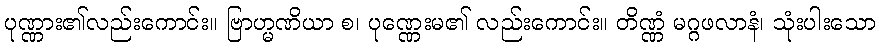
ပုဏ္ဏား၏လည်းကောင်း။ ဗြာဟ္မဏိယာ စ၊ ပုဏ္ဏေးမ၏ လည်းကောင်း။ တိဏ္ဏံ မဂ္ဂဖလာနံ၊ သုံးပါးသော